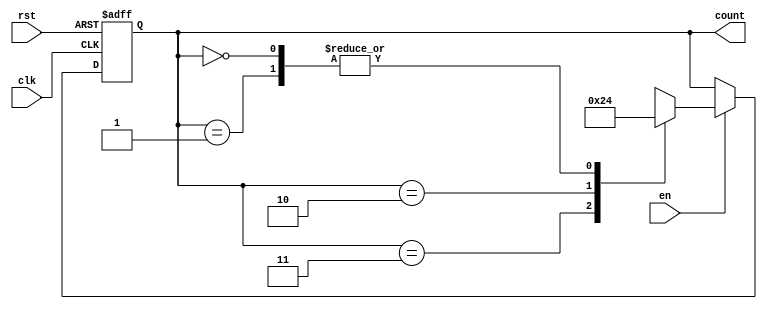
module down_counter_moore (
    input wire clk,      // Clock signal
    input wire rst,      // Asynchronous reset signal
    input wire en,       // Enable signal
    output reg [1:0] count // Output count (2-bit for counting down from 3)
);

// Define state encoding
localparam S3 = 2'b11; // Count value 3
localparam S2 = 2'b10; // Count value 2
localparam S1 = 2'b01; // Count value 1
localparam S0 = 2'b00; // Count value 0

// Current state register
reg [1:0] current_state;

// State transition on clock edge
always @(posedge clk or posedge rst) begin
    if (rst) begin
        current_state <= S3; // Reset to initial state (count 3)
    end else if (en) begin
        case (current_state)
            S3: current_state <= S2; // Transition to state S2
            S2: current_state <= S1; // Transition to state S1
            S1: current_state <= S0; // Transition to state S0
            S0: current_state <= S0; // Stay in state S0 (count has reached 0)
            default: current_state <= S3; // Default case to reset
        endcase
    end
end

// Output logic is the same as the current state
always @(*) begin
    count = current_state;
end

endmodule